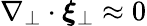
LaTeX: \nabla_{\perp}\cdot\boldsymbol{\xi}_{\perp}\approx 0